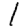
Digit: 1